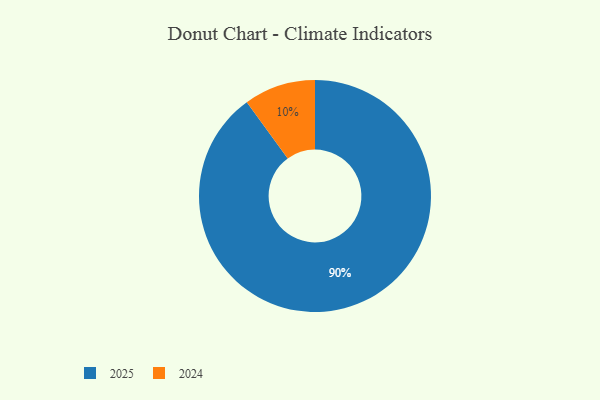
{"axis": {"x": "Category", "y": "Percentage"}, "legend": ["2024", "2025"], "data": [{"x": "2024", "y": 10, "type": "2024"}, {"x": "2025", "y": 90, "type": "2025"}]}